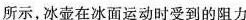
所示，冰壶在冰面运动时受到的阻力